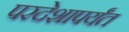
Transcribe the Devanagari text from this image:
परदेशापर्यंत